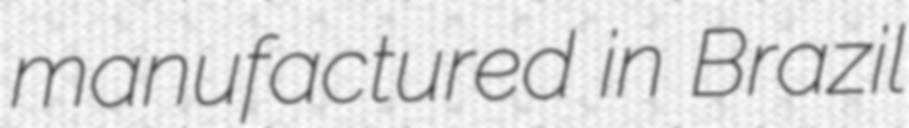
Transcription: manufactured in Brazil